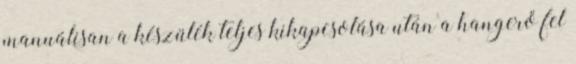
manuálisan a készülék teljes kikapcsolása után a hangerő fel